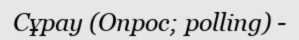
Сұрау (Опрос; polling) -